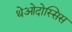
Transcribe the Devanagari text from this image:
थेओदोस्सिस